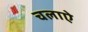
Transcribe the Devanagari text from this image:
चलाऐ